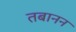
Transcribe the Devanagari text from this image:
तबानन